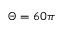
\Theta = 6 0 \pi